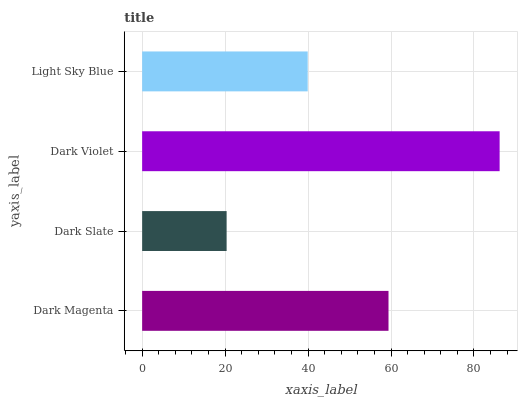
| yaxis_label | bars |
 | --- | --- |
 | Dark Magenta | 59.4 |
 | Dark Slate | 20.4 |
 | Dark Violet | 86.2 |
 | Light Sky Blue | 39.9 |